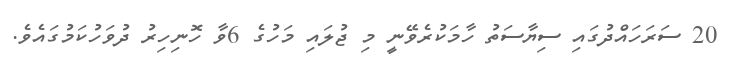
20 ސަރަހައްދުގައި ސިޔާސަތު ހާމަކުރެވޭނީ މި ޖުލައި މަހުގެ 6ވާ ހޮނިހިރު ދުވަހުކަމުގައެވެ.